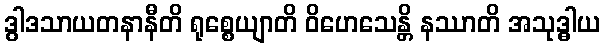
ဒွါဒသာယတနာနီတိ ရုစ္စေယျာတိ ဝိဟေသေန္တိ နဿာတိ အသုဒ္ဓါယ